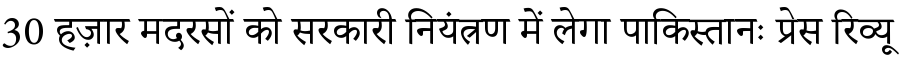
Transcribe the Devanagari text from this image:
30 हज़ार मदरसों को सरकारी नियंत्रण में लेगा पाकिस्तानः प्रेस रिव्यू